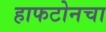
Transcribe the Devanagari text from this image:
हाफटोनचा